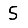
Digit: 5